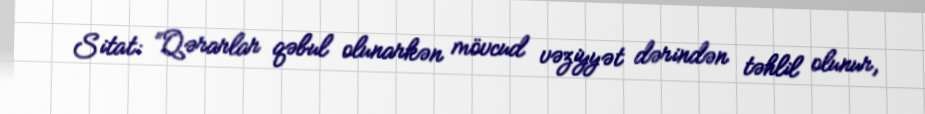
Sitat: “Qərarlar qəbul olunarkən mövcud vəziyyət dərindən təhlil olunur,